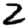
Digit: 2